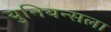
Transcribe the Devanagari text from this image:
युनियन्सला